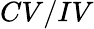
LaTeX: CV/IV